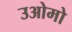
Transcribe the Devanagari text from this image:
उओमो